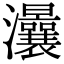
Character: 㶞